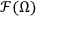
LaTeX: { \mathcal { F } } ( \Omega )